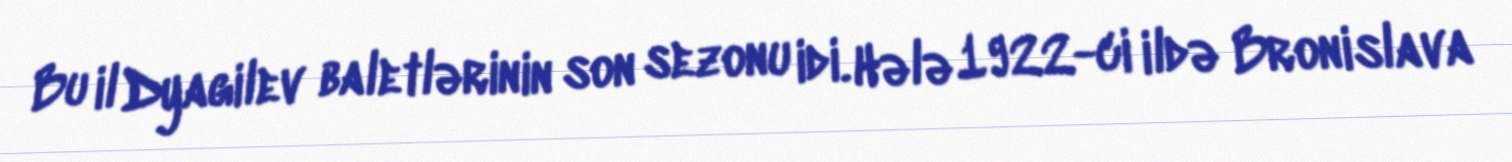
Bu il Dyagilev baletlərinin son sezonu idi. Hələ 1922-ci ildə Bronislava